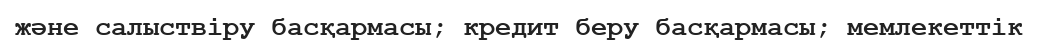
және салыствіру басқармасы; кредит беру басқармасы; мемлекеттік